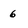
Character: 6